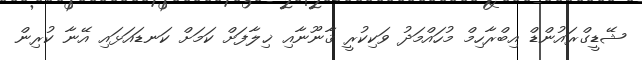
ޝޭޑީގްރައުންޑް އިބްރާހިމް މުހައްމަދު ވަކިކުރީ ޤާނޫނާއި ޚިލާފަށް ކަމަށް ކަނޑައަޅައި އޭނާ ކުރިން